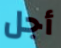
أجل